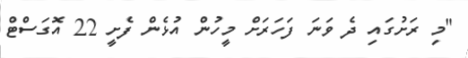
"މި ރަށުގައި ދެ ވަނަ ފަހަރަށް މީހުން އުޅެން ފެށީ 22 އޮގަސްޓް